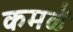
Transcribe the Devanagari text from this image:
कमळें